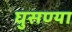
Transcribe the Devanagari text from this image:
घुसण्या